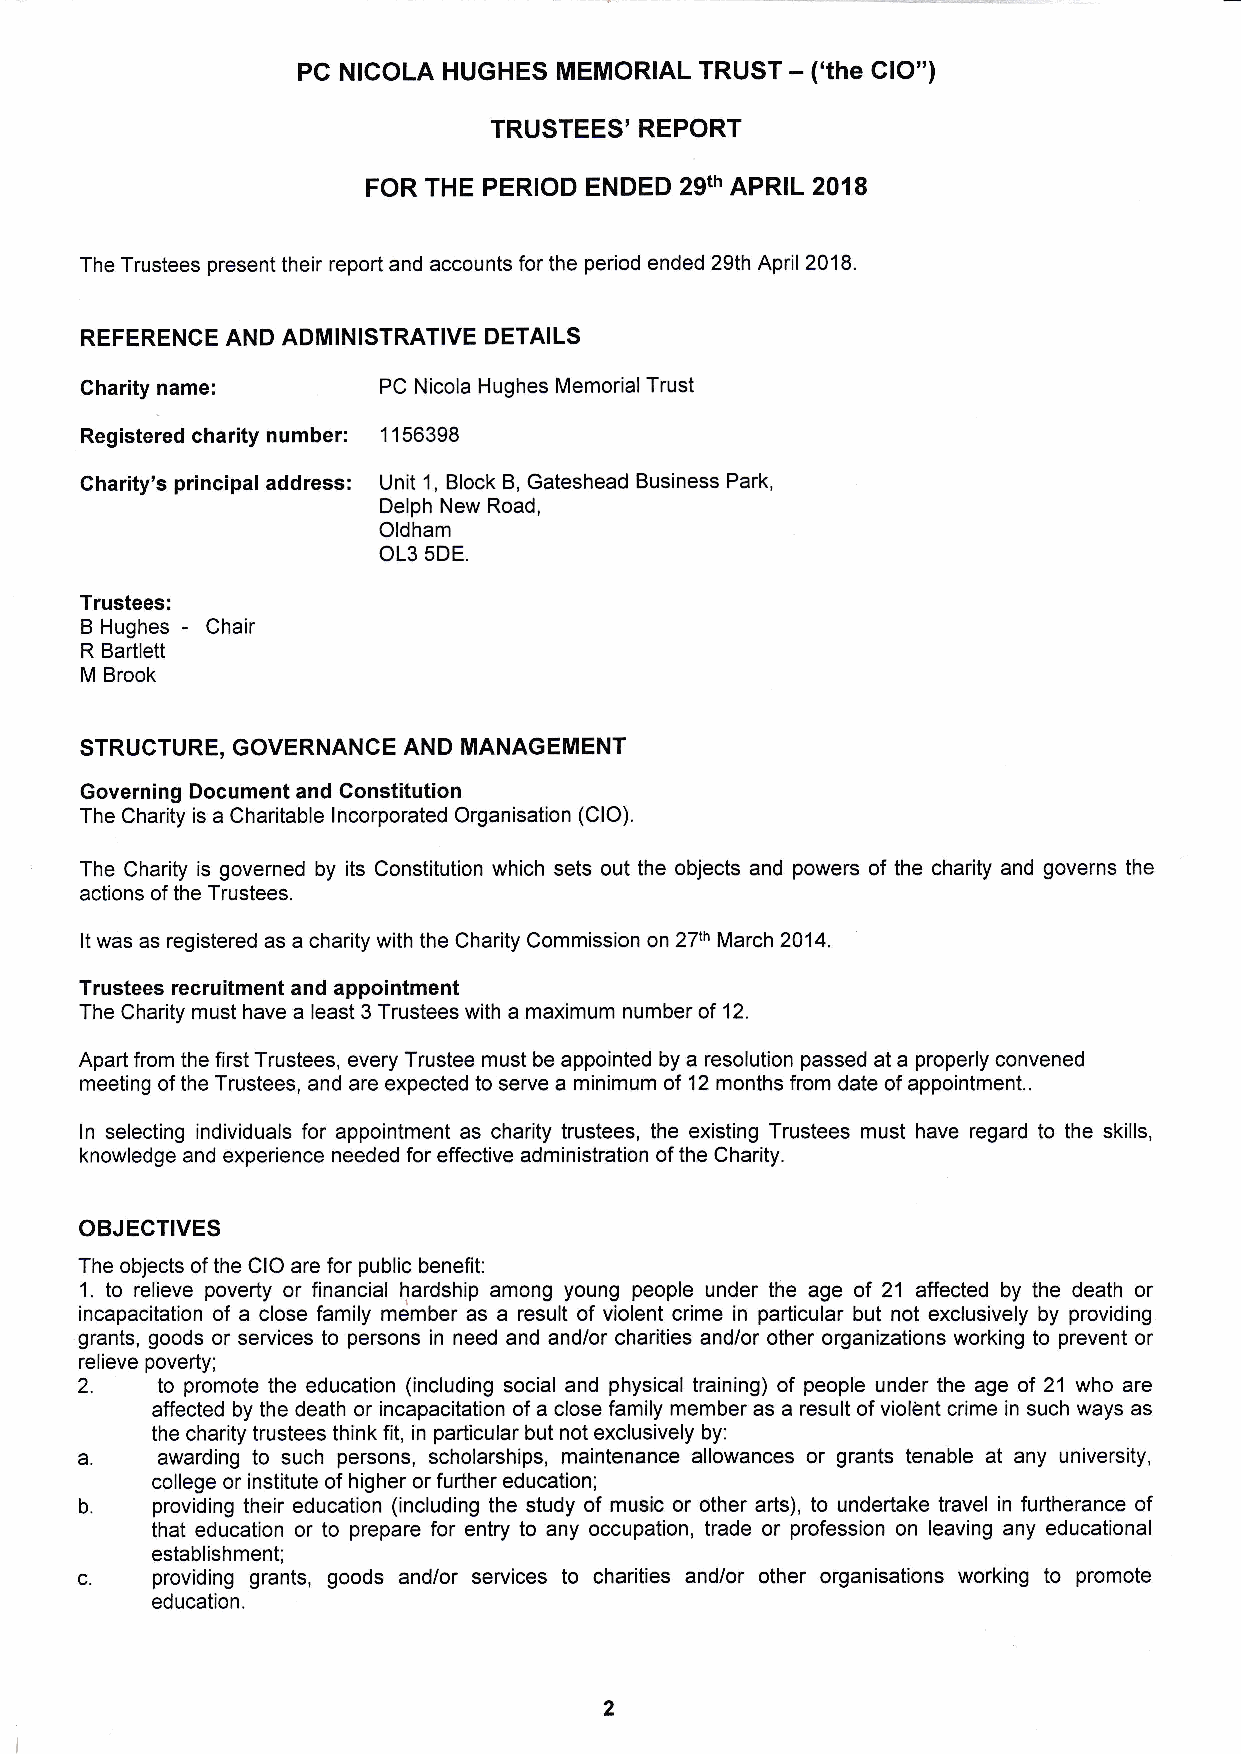
PC NICOLA HUGHES MEMORIAL TRUST - ('the CIO")
 TRUSTEES'REPORT
 FOR THE PERIOD ENDED 29th APRIL2018
 The Trustees present their report and accounts for the period ended 29th April 2018.
 REFERENCE AND ADMINISTRATIVE DETAILS
 name:
 Charity             PC Nicola Hughes MemorialTrust
 Registered charitynumber: 1156398
 Charity's principaladdress: Unit 1, Block B, Gateshead Business Park,
 Delph New Road,
 Oldham
 OL3 5DE.
 Trustees:
 -
 B Hughes Chair
 R Bartlett
 M Brook
 STRUCTURE, GOVERNANCE AND MANAGEMENT
 Governing Document and Constitution
 The Charity is a Charitable lncorporated Organisation (ClO).
 The Charity is governed by its Constitution which sets out the objects and powers of the charity and governs the
 actions of the Trustees.
 It was as registered as a charity with the Charity Commission on 27th March 2014.
 Trustees recruitment and appointment
 The Charity must have a least 3 Trustees with a maximum number of 12.
 Apart from the first Trustees, every Trustee must be appointed by a resolution passed at a properly convened
 meeting of the Trustees, and are expected to serve a minimum of 12 months from date of appointment..
 ln selecting individuals for appointment as charity trustees, the existing Trustees must have regard to the skills,
 knowledge and experience needed for etfective administration of the Charity.
 OBJECTIVES
 The objects of the CIO are for public benefit:
 1. to relieve poverty or financial hardship among young people under the age of 21 affected by the death or
 incapacitation of a close family meimber as a result of violent crime in particular but not exclusively by providing
 grants, goods or services to persons in need and and/or charities and/or other organizations working to prevent or
 relieve poverty;
 2.
 to promote the education (including social and physical training) of people under the age of 21 who are
 affected by the death or incapacitation of a close family member as a result of violbnt crime in such ways as
 the charity trustees think fit, in particular but not exclusively by:
 a.   awarding to such persons, scholarships, maintenance allowances or grants tenable at any university,
 college or institute of higher or further education;
 b.
 providing their education (including the study of mueic or other arts), to undertake travel in furtherance of
 that education or to prepare for entry to any occupation, trade or profession on leaving any educational
 establishment;
 c.   providing grants, goods and/or services to charities and/or other organisations working to promote
 education.
 2